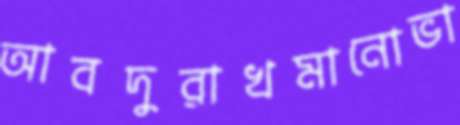
আবদুরাখমানোভা